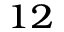
^ { 1 2 }